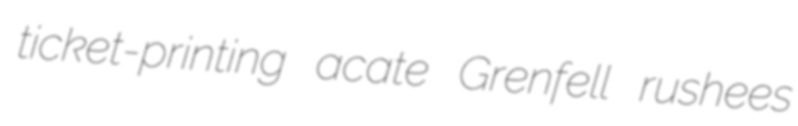
ticket-printing acate Grenfell rushees